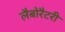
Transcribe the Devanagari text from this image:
लैबोरैटरी